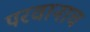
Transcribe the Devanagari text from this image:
परवानाच